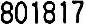
801817